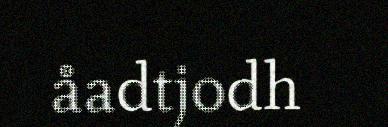
åadtjodh